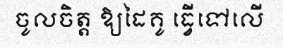
ចូលចិត្ត ឱ្យដៃគូ ធ្វើទៅលើ